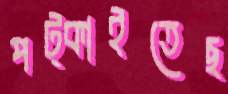
পট্‌কাইতেছ